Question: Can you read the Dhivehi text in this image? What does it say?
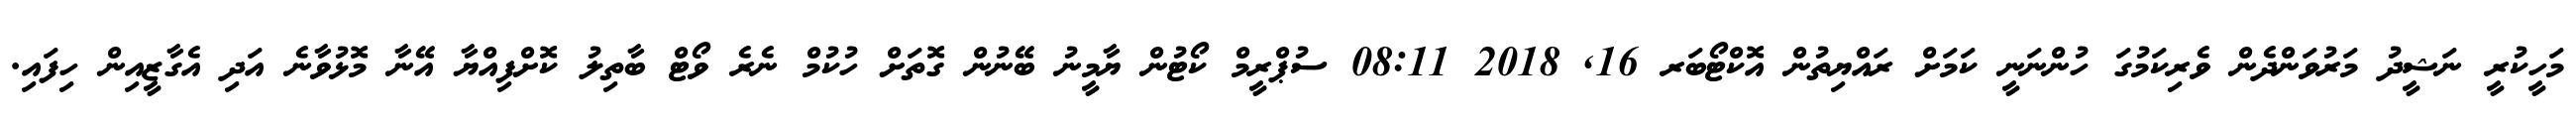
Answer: މަހީކުރީ ނަޝީދު މަރުވަންދެން ވެރިކަމުގަ ހުންނަނީ ކަމަށް ރައްޔިތުން އޮކްޓޯބަރ 16, 2018 08:11 ސުޕްރީމް ކޯޓުން ޔާމީނު ބޭނުން ގޮތަށް ހުކުމް ނެރެ ވޯޓް ބާތިލު ކޮށްފިއްޔާ އޭނާ މޮޅުވާނެ އަދި އެގާޒީއިން ހިފައި.